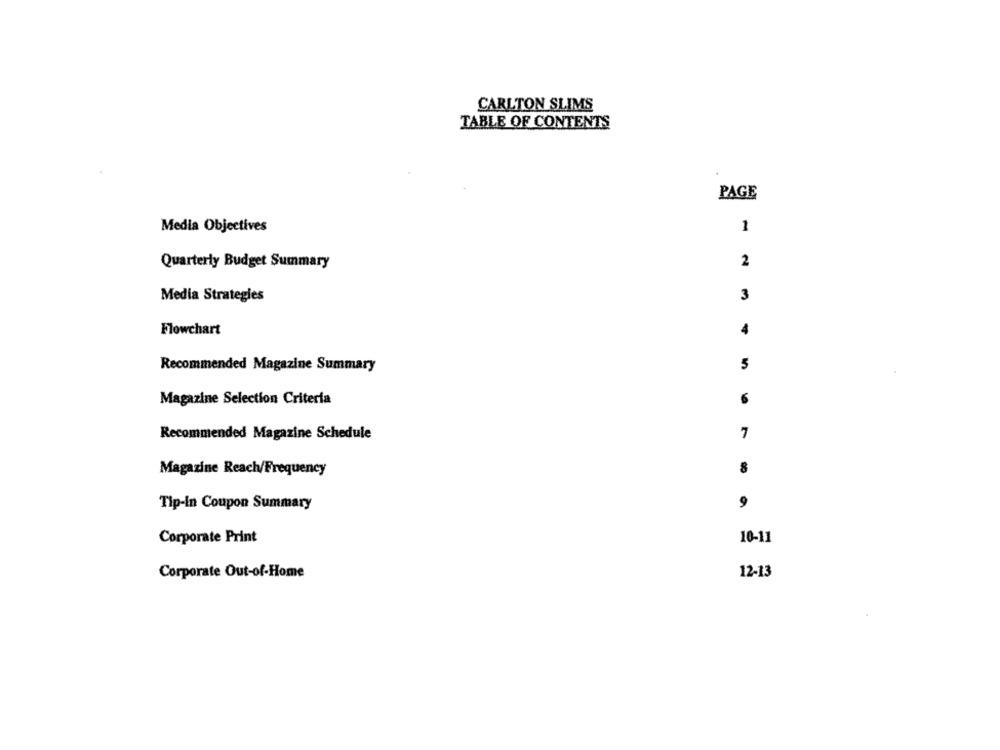
CARLTON SLIMS
TABLE OF CONTENTS
PAGE
Media Objectives
1
2
Quarterly Budget Summary
Media Strategies
3
Flowchart
4
Recommended Magazine Summary
5
Magazine Selection Criteria
Recommended Magazine Schedule
7
Magazine Reach/Frequency
8
9
Tip-in Coupon Summary
Corporate Print
10-11
Corporate Out-of-Home
12-13